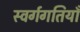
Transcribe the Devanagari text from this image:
स्वर्गगतियाँ